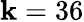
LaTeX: \mathbf{k}=36